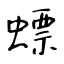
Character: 螵